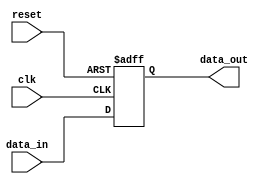
module four_flop_synchronizer (
    input wire clk,
    input wire reset,
    input wire data_in,
    output reg data_out
);

reg [3:0] flop_data;

always @(posedge clk or posedge reset) begin
    if (reset) begin
        flop_data <= 4'b0000;
    end else begin
        flop_data <= {flop_data[2:0], data_in};
    end
end

assign data_out = flop_data[0];

endmodule